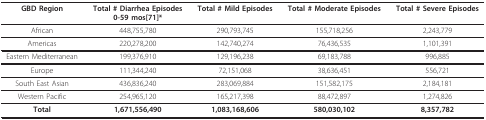
<table><thead><tr><td><b>GBD Region</b></td><td><b>Total # Diarrhea Episodes0-59 mos[71]*</b></td><td><b>Total # Mild Episodes</b></td><td><b>Total # Moderate Episodes</b></td><td><b>Total # Severe Episodes</b></td></tr></thead><tbody><tr><td>African</td><td>448,755,780</td><td>290,793,745</td><td>155,718,256</td><td>2,243,779</td></tr><tr><td>Americas</td><td>220,278,200</td><td>142,740,274</td><td>76,436,535</td><td>1,101,391</td></tr><tr><td>Eastern Mediterranean</td><td>199,376,910</td><td>129,196,238</td><td>69,183,788</td><td>996,885</td></tr><tr><td>Europe</td><td>111,344,240</td><td>72,151,068</td><td>38,636,451</td><td>556,721</td></tr><tr><td>South East Asian</td><td>436,836,240</td><td>283,069,884</td><td>151,582,175</td><td>2,184,181</td></tr><tr><td>Western Pacific</td><td>254,965,120</td><td>165,217,398</td><td>88,472,897</td><td>1,274,826</td></tr><tr><td><b>Total</b></td><td><b>1,671,556,490</b></td><td><b>1,083,168,606</b></td><td><b>580,030,102</b></td><td><b>8,357,782</b></td></tr></tbody></table>